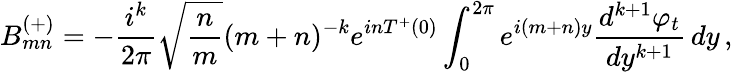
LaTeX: B_{mn}^{(+)}=-{\frac{i^{k}}{2\pi}}\sqrt{{\frac{n}{m}}}(m+n)^{-k}e^{inT^{+}(0)}\int_{0}^{2\pi}e^{i(m+n)y}{\frac{d^{k+1}\varphi_{t}}{dy^{k+1}}}\, dy\, ,